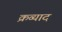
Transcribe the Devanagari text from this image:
क्रव्याद